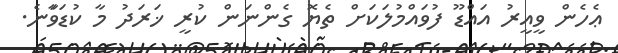
ޢެހެން ވީއީރު އައްޑޫ ފުވައްމުލަކަށް ތެޔޮ ގެންނަން ކުރީ ޚަރަދު މާ ކުޑަވަާނެ.